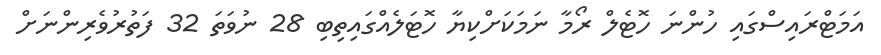
އަމަޓްރައިސްގައި ހުންނަ ހޮޓެލް ރޯމާ ނަމަކަށްކިޔާ ހޮޓަލެއްގައިތިބި 28 ނުވަތަ 32 ފަތުރުވެރިންނަށް